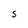
Character: S